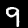
Digit: 9